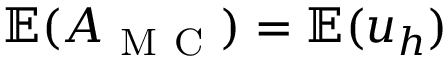
\mathbb { E } ( A _ { \mathrm { ~ M ~ C ~ } } ) = \mathbb { E } ( u _ { h } )